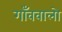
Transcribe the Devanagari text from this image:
गाँववालो